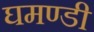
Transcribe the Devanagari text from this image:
घमण्‍डी